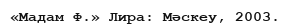
«Мадам Ф.» Лира: Мәскеу, 2003.